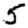
Digit: 5